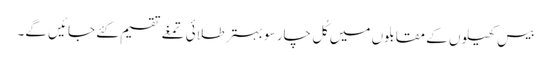
بیس کھیلوں کے مقابلوں میں کُل چار سو بہتر طلائی تمغے تقسیم کئے جائیں گے۔